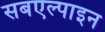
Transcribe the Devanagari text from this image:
सबएल्पाइन